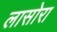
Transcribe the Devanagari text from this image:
लासोरा